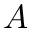
A